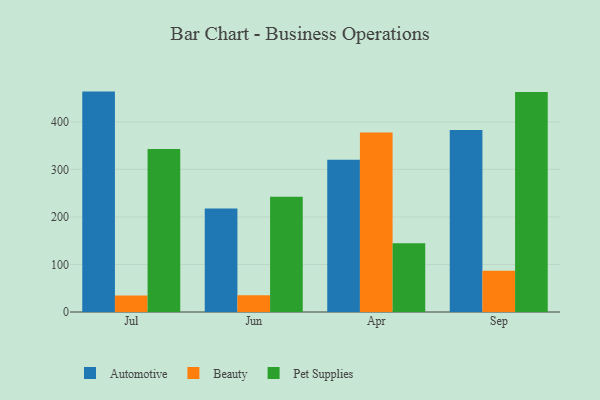
{"axis": {"x": "Month", "y": "Demand Index"}, "legend": ["Automotive", "Beauty", "Pet Supplies"], "data": [{"x": "Jul", "y": 463.6, "type": "Automotive"}, {"x": "Jul", "y": 34.7, "type": "Beauty"}, {"x": "Jul", "y": 342.9, "type": "Pet Supplies"}, {"x": "Jun", "y": 217.8, "type": "Automotive"}, {"x": "Jun", "y": 35.3, "type": "Beauty"}, {"x": "Jun", "y": 242.3, "type": "Pet Supplies"}, {"x": "Apr", "y": 320.4, "type": "Automotive"}, {"x": "Apr", "y": 377.4, "type": "Beauty"}, {"x": "Apr", "y": 144.4, "type": "Pet Supplies"}, {"x": "Sep", "y": 382.7, "type": "Automotive"}, {"x": "Sep", "y": 86.7, "type": "Beauty"}, {"x": "Sep", "y": 462.9, "type": "Pet Supplies"}]}